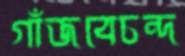
গাঁজবেচন্দ